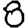
Digit: 8